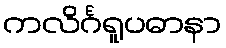
ကလိင်္ဂရူပဓာနာ